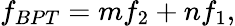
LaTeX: f_{BPT}=mf_{2}+nf_{1},